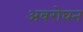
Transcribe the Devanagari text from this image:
अवरोघन